Report on vaccination in Madras 1877-1894 - 1877-1894
Year: 1877
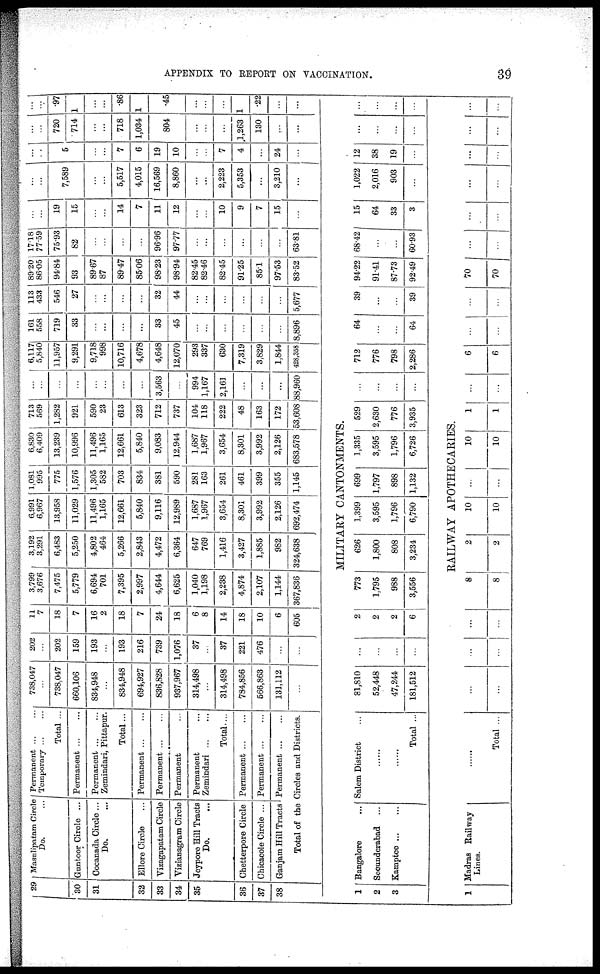
APPENDIX TO REPORT ON VACCINATION.
39
29
30
31
32
33
34
35
36
37
38
Masulipatam Circle
Do. ...
Guntoor Circle ...
Cocanada Circle ...
Do. ...
Ellore Circle ...
Vizagapatam Circle
Vizianagram Circle
Jeypore Hill Tracts
Do. ...
Chetterpore Circle
Chicacole Circle ...
Ganjam Hill Tracts
Permanent ... ...
Temporary ... ...
Total ...
Permanent
...
...
Permanent
...
...
Zemindari, Pittapur.
Total ...
Permanent
...
...
Permanent
...
...
Permanent ...
Permanent ...
Zemindari
...
...
Total....
Permanent
...
...
Permanent
...
...
Permanent
...
...
Total of the Circles and Districts.
738,047
...
738,047
660,106
834,948
...
834,948
694,927
836,828
937,967
314,498
...
314,498
784,856
566,863
131,112
...
202
...
202
159
193
...
193
216
739
1,076
37
...
37
221
476
...
...
11
7
18
7
16
2
18
7
24
18
6
8
14
18
10
6
605
3,799
3,676
7,475
5,779
6,694
701
7,395
2,997
4,644
6,625
1,040
1,198
2,238
4,874
2,107
1,144
367,836
3,192
3,291
6,483
5,250
4,802
464
5,266
2,843
4,472
6,364
647
769
1,416
3,427
1,885
982
324,638
6,991
6,967
13,958
11,029
11,496
1,165
12,661
5,840
9,116
12,989
1,687
1,967
3,654
8,301
3,992
2,126
692,474
1,081
995
775
1,576
1,305
582
703
834
381
590
281
163
261
461
399
355
1,145
6,830
6,409
13,239
10,996
11,496
1,165
12,661
5,840
9,083
12,944
1,687
1,967
3,654
8,301
3,992
2,126
683,578
713
569
1,282
921
590
23
613
323
712
737
104
118
222
48
163
172
53,608
...
...
...
...
...
...
...
...
3,563
...
994
1,167
2,161
...
...
...
88,960
6,117
5,840
11,957
9,291
9,718
998
10,716
4,678
4,648
12,070
293
337
630
7,319
3,829
1,844
428,358
161
558
719
33
...
...
...
...
33
45
...
...
...
...
...
...
8,896
113
433
546
27
...
...
...
...
32
44
...
...
...
...
...
...
5,677
89.20
86.05
94.84
93
89.67
87
89.47
85.06
98.23
98.94
82.45
82.46
82.45
91.25
85.1
97.53
83.52
17.18
77.59
75.93
82
...
...
...
...
96.96
97.77
...
...
...
...
...
...
63.81
...
...
19
15
...
...
14
7
11
12
...
...
10
9
7
15
...
...
...
7,589
...
...
5,517
4,015
16,569
8,860
...
...
2,223
5,353
...
3,210
...
...
...
5
...
...
7
6
19
10
...
...
7
4
...
24
...
...
...
720
714
...
...
718
1,034
804
...
...
...
1,263
130
...
...
...
...
.97
1
...
...
.86
1
.45
...
...
...
1
.22
...
...
MILITARY CANTONMENTS.
1
2
3
Bangalore
...
Secunderabad ...
Kamptee
...
...
Salem District ...
......
......
Total ...
81,810
52,448
47,244
181,512
...
...
...
...
2
2
2
6
773
1,795
988
3,556
626
1,800
808
3,234
1,399
3,595
1,796
6,790
699
1,797
898
1,132
1,335
3,595
1,796
6,726
529
2,630
776
3,935
...
...
...
...
712
776
798
2,286
64
...
...
64
39
...
...
39
94.22
91.41
87.73
92.49
68.42
...
...
60.93
15
64
33
3
1,022
2,016
903
...
12
38
19
...
...
...
...
...
...
...
...
...
RAILWAY APOTHECARIES.
1
Madras Railway
Lines.
......
Total ...
...
...
...
...
...
...
8
8
2
2
10
10
...
...
10
10
1
1
...
...
6
6
...
...
...
...
70
70
...
...
...
...
...
...
...
...
...
...
...
...